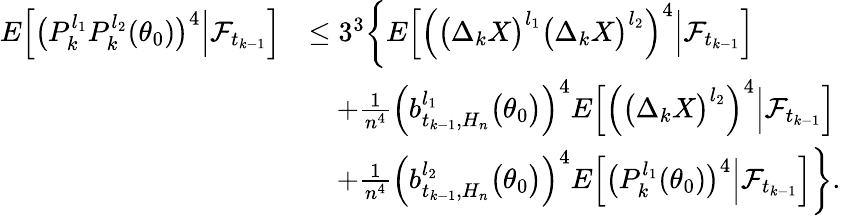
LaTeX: \begin{array}{rl}{E\Big[\big(P_{k}^{l_{1}}P_{k}^{l_{2}}(\theta_{0})\big)^{4}\Big|\mathcal{F}_{t_{k-1}}\Big]}&{\leq 3^{3}\bigg\{ E\Big[\Big(\big(\Delta_{k}X\big)^{l_{1}}\big(\Delta_{k}X\big)^{l_{2}}\Big)^{4}\Big|\mathcal{F}_{t_{k-1}}\Big]}\\ &{\quad+\frac{1}{n^{4}}\Big(b_{t_{k-1},H_{n}}^{l_{1}}\big(\theta_{0}\big)\Big)^{4}E\Big[\Big(\big(\Delta_{k}X\big)^{l_{2}}\Big)^{4}\Big|\mathcal{F}_{t_{k-1}}\Big]}\\ &{\quad+\frac{1}{n^{4}}\Big(b_{t_{k-1},H_{n}}^{l_{2}}\big(\theta_{0}\big)\Big)^{4}E\Big[\big(P_{k}^{l_{1}}(\theta_{0})\big)^{4}\Big|\mathcal{F}_{t_{k-1}}\Big]\bigg\} .}\end{array}